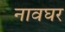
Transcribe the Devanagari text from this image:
नावघर